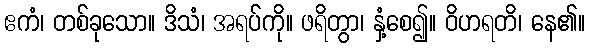
ဧကံ၊ တစ်ခုသော။ ဒိသံ၊ အရပ်ကို။ ဖရိတွာ၊ နှံ့စေ၍။ ဝိဟရတိ၊ နေ၏။